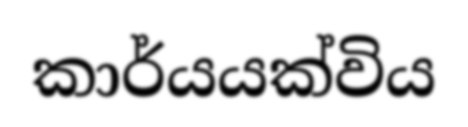
කාර්යයක්විය